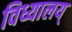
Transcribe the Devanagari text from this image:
विध्यालय्